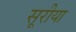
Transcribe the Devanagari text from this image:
सूरीया